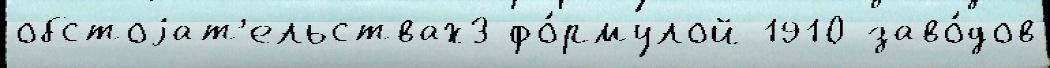
обстоjат'ельствах3 фо́рмулой 1910 заво́дов